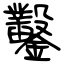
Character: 鑿